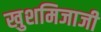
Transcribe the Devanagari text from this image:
खुशमिजाजी